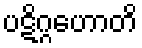
ပဋိဂ္ဂဟောတိ